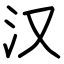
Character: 汉